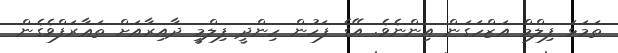
ތަމަޅަ ފިލްމް އަޒްހަގަން އިންނެވެ. އޭގެ ފަހުން ހިންދީ ފިލްމީ ދާއިރާއަށް ތަޢާރަފްވެގެން